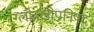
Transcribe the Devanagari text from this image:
ग्लोबलोपनिषद